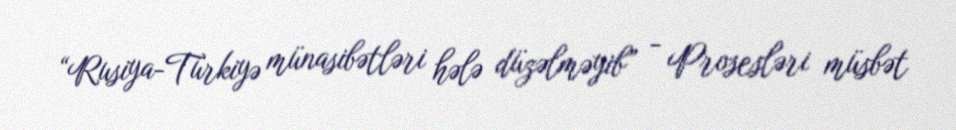
“Rusiya-Türkiyə münasibətləri hələ düzəlməyib” - Prosesləri müsbət